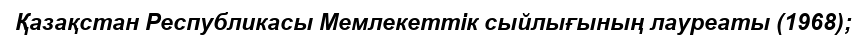
Қазақстан Республикасы Мемлекеттік сыйлығының лауреаты (1968);